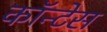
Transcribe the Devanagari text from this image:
कॉन्टेस